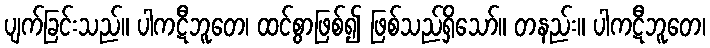
ပျက်ခြင်းသည်။ ပါကဋီဘူတေ၊ ထင်စွာဖြစ်၍ ဖြစ်သည်ရှိသော်။ တနည်း။ ပါကဋီဘူတေ၊